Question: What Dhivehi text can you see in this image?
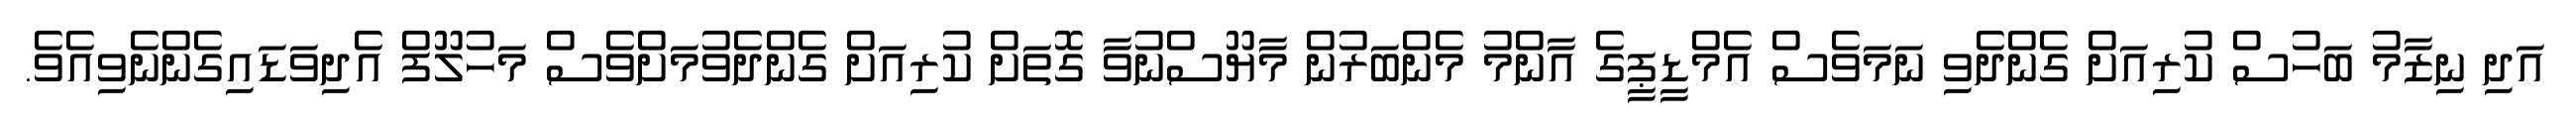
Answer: އަދި ނިޒާމު ބަހުސް ކުރިއަށް ގެންދެވި ނަމަވެސް އެމްޑީޕީގެ އާންމު މެންބަރުން މާޔޫސްނުވާ ގޮތަށް ކުރިއަށް ގެންދެވުމަށްވެސް މަހުލޫފް އެދިވަޑައިގެންނެވިއެވެ.